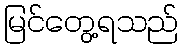
မြင်တွေ့ရသည်